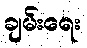
ချမ်းရေး